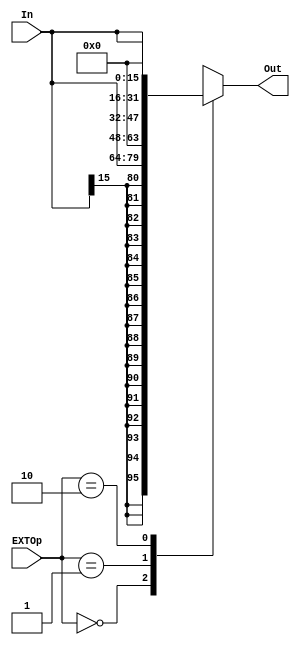
`ifndef EXT
`define EXT


module ext(
	input [15:0] In,
	input [1:0] EXTOp,
	output [31:0] Out
    );
	
	reg [31:0] _out;
	assign Out = _out;
	
	always @ (*) begin
		case (EXTOp) 
			2'b00 : _out = {{16{In[15]}}, In};     //
			2'b01 : _out = {{16{1'b0}}, In};       //
			2'b10 : _out = {In, {16{1'b0}}};       //
			default : _out = 32'bx;
		endcase
	end

endmodule


`endif